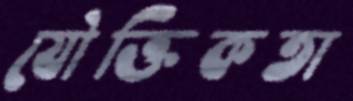
যৌক্তিকতা